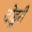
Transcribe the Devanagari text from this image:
दोड्डरी